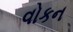
વોકન